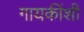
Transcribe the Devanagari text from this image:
गायकींशी